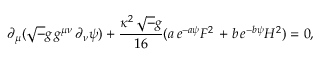
\partial _ { \mu } ( { \sqrt - g } \, g ^ { \mu \nu } \, \partial _ { \nu } \psi ) + { \frac { \kappa ^ { 2 } \, { \sqrt - g } } { 1 6 } } ( a \, e ^ { - a \psi } F ^ { 2 } \, + b \, e ^ { - b \psi } H ^ { 2 } ) = 0 ,